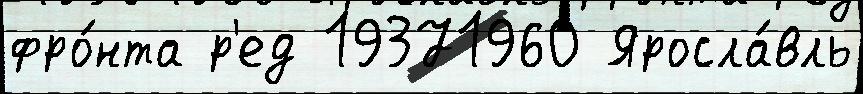
фро́нта р'ед 19371960 Яросла́вль